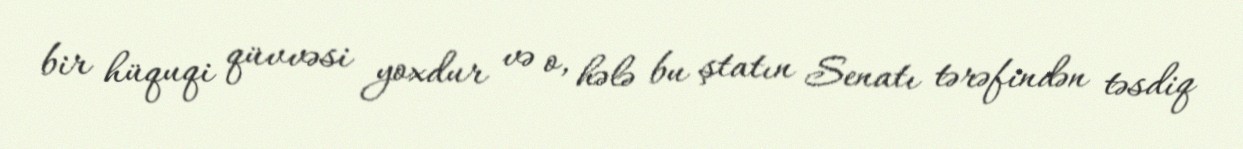
bir hüquqi qüvvəsi yoxdur və o, hələ bu ştatın Senatı tərəfindən təsdiq